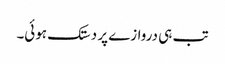
تب ہی دروازے پر دستک ہوئی۔